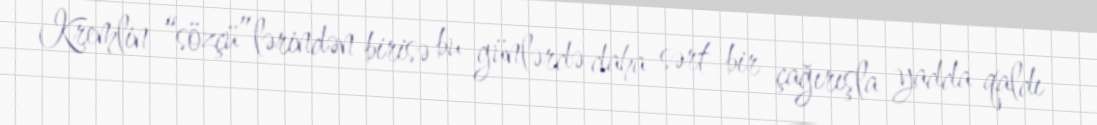
Kremlin “sözçü”lərindən birisə bu günlərdə daha sərt bir çağırışla yadda qaldı